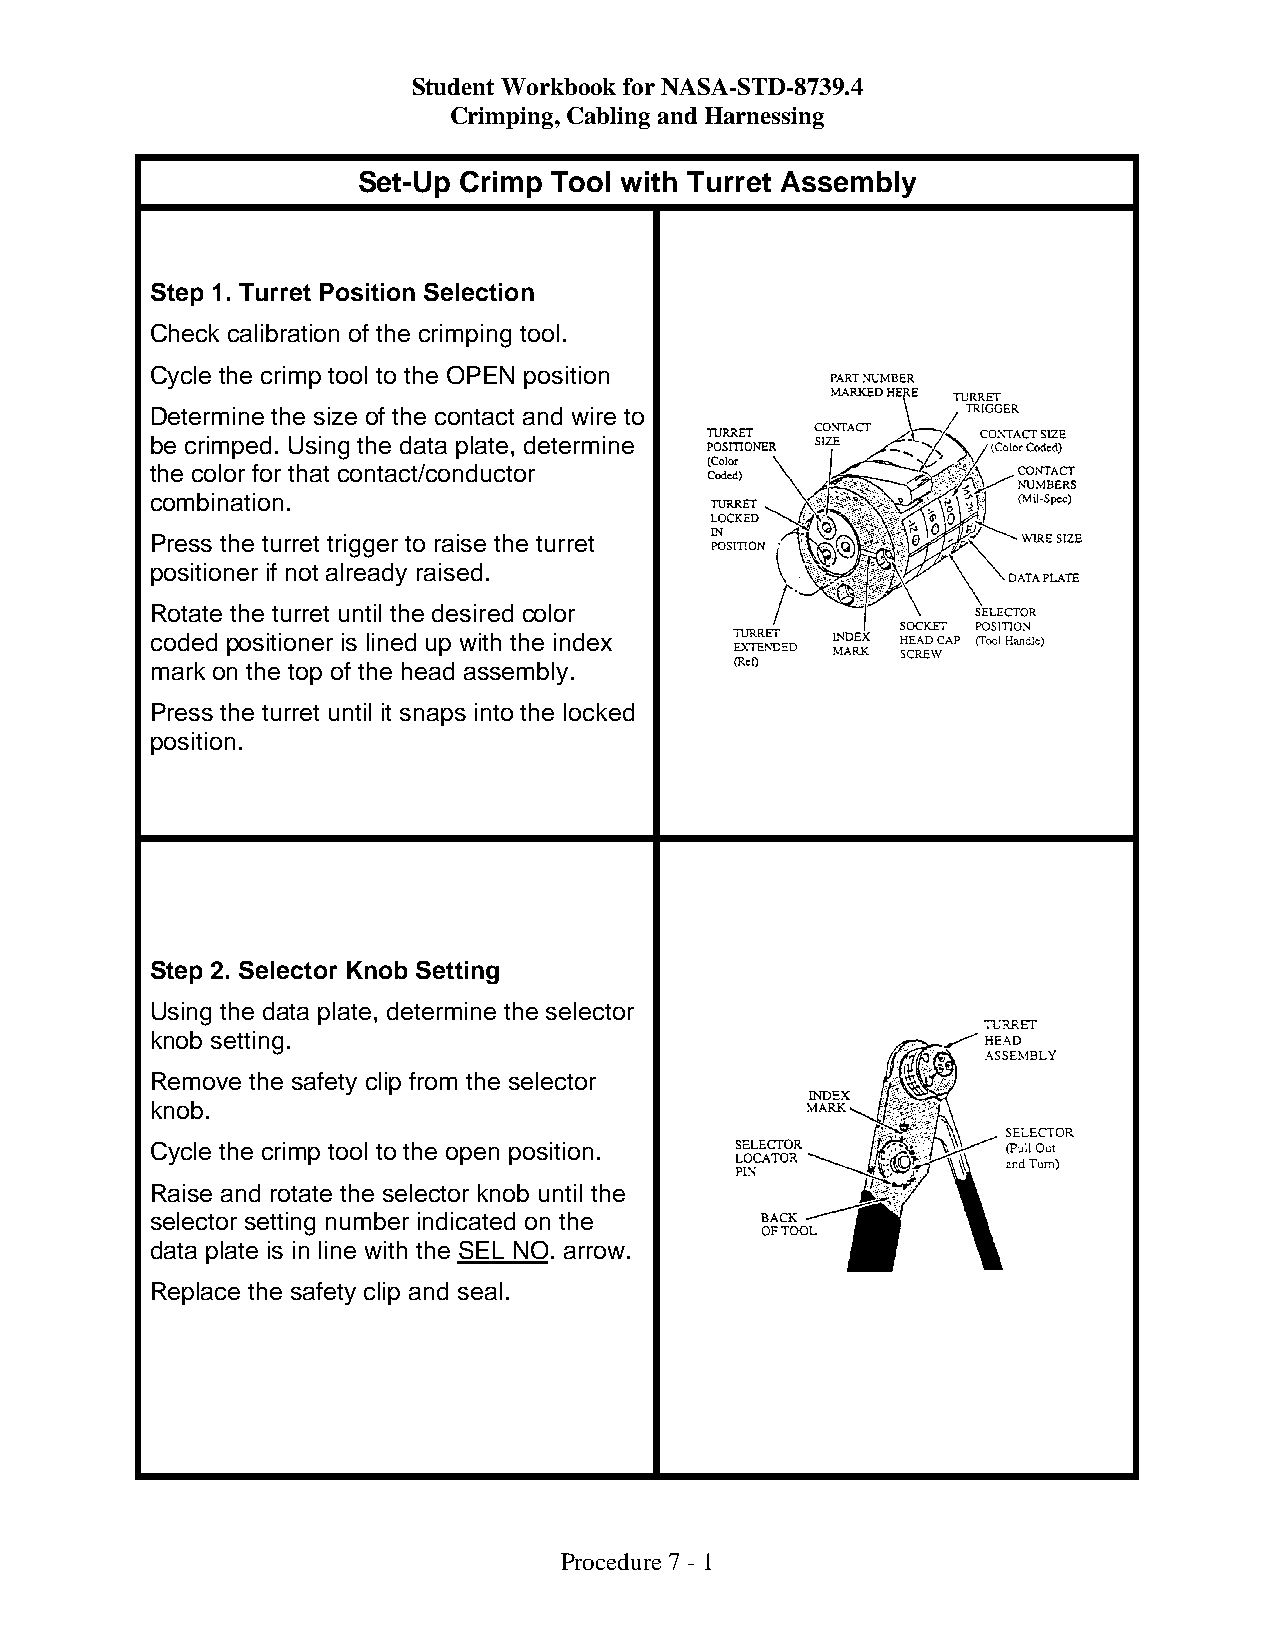
Student Workbook for NASA-STD-8739.4
 Crimping, Cabling and Harnessing
 Set-Up Crimp Tool with Turret Assembly
 Step 1. Turret Position Selection
 Check calibration of the crimping tool.
 Cycle the crimp tool to the OPEN position
 Determine the size of the contact and wire to
 be crimped. Using the data plate, determine
 the color for that contact/conductor
 combination.
 Press the turret trigger to raise the turret
 positioner if not already raised.
 Rotate the turret until the desired color
 coded positioner is lined up with the index
 mark on the top of the head assembly.
 Press the turret until it snaps into the locked
 position.
 Step 2. Selector Knob Setting
 Using the data plate, determine the selector
 knob setting.
 Remove the safety clip from the selector
 knob.
 Cycle the crimp tool to the open position.
 Raise and rotate the selector knob until the
 selector setting number indicated on the
 data plate is in line with the SEL NO. arrow.
 Replace the safety clip and seal.
 Procedure 7 - 1